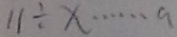
1 1 \div x \cdots a